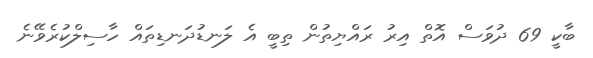
ބާކީ 69 ދުވަސް އޮތް އިރު ރައްޔިތުން ތިބީ އެ ލަނޑުދަނޑިތައް ހާސިލްކުރެވޭނެ